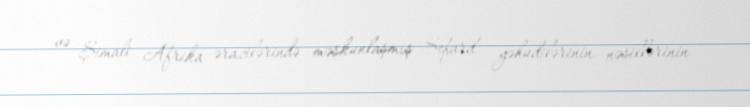
və Şimali Afrika ərazilərində məskunlaşmış Sefard yəhudilərinin nəsillərinin